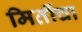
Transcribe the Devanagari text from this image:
मितींचा